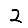
Digit: 2